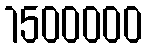
1500000